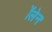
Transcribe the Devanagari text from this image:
ॲलेन